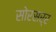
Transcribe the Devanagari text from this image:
सोरसर्र